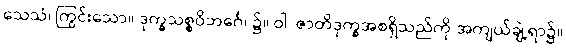
သေသံ၊ ကြွင်းသော။ ဒုက္ခသစ္စဝိဘင်္ဂေ၊ ၌။ ဝါ၊ ဇာတိဒုက္ခအစရှိသည်ကို အကျယ်ချဲ့ရာ၌။